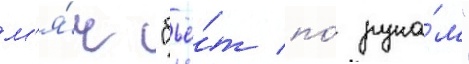
м'я́ч "бьё́т по́ рука́м"